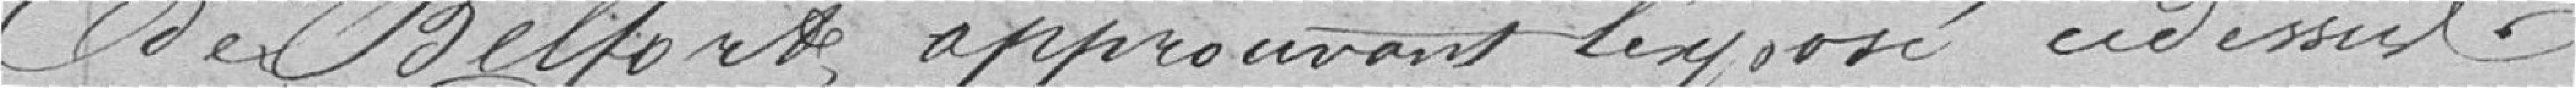
de Belfort approuvant l'exposé